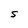
Character: S